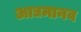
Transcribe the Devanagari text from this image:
आद्यमानव